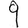
Digit: 9